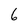
Character: 6